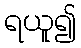
ရယူ၍